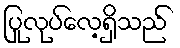
ပြုလုပ်လေ့ရှိသည်